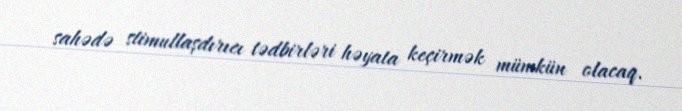
sahədə stimullaşdırıcı tədbirləri həyata keçirmək mümkün olacaq.